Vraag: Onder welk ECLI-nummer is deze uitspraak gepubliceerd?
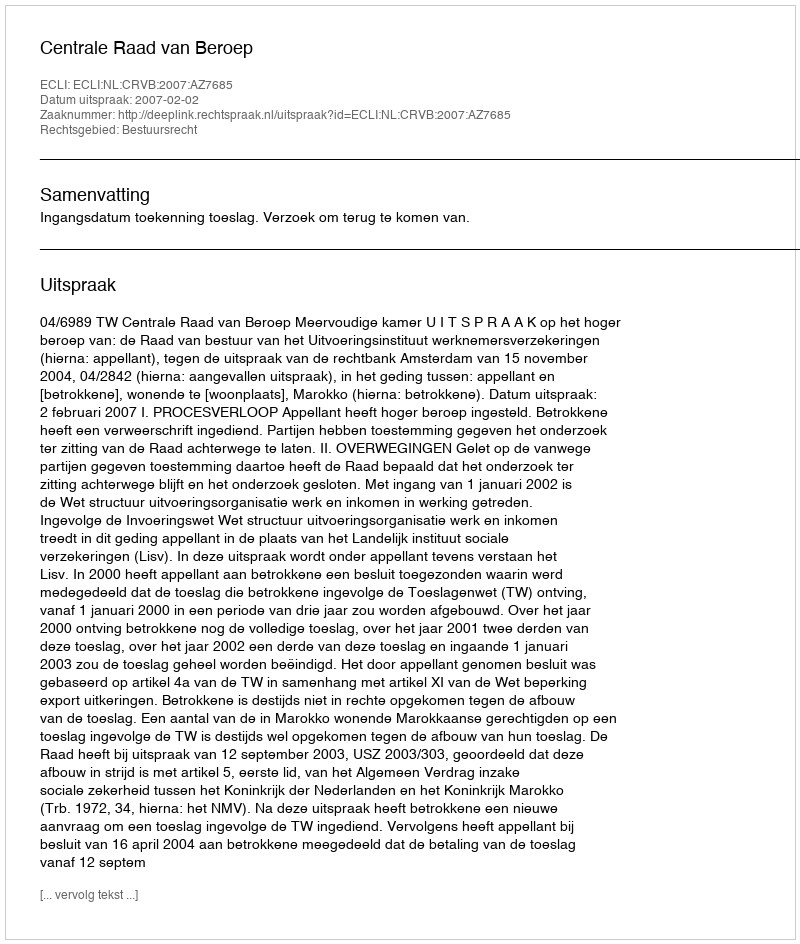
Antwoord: ECLI:NL:CRVB:2007:AZ7685